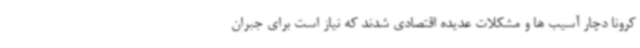
کرونا دچار آسیب ها و مشکلات عدیده اقتصادی شدند که نیاز است برای جبران